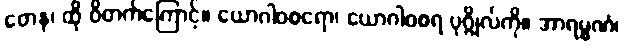
တေန၊ ထို ဝိတက်ကြောင့်။ ယောဂါဝစရော၊ ယောဂါဝစရ ပုဂ္ဂိုလ်ကို။ အာရမ္မဏံ၊